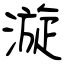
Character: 漩